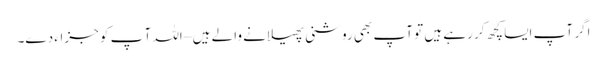
اگر آپ ایسا کچھ کر رہے ہیں تو آپ بھی روشنی پھیلانے والے ہیں – اللہ آ پ کو جزاء دے۔